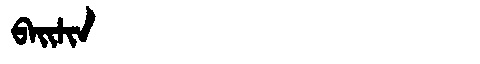
Manchu: ᠪᠠᡳŽᡳᠨ
Romanization: BAIŽIN